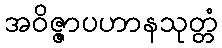
အဝိဇ္ဇာပဟာနသုတ္တံ